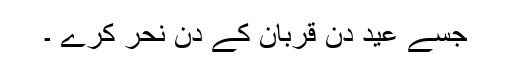
جسے عید دن قربان کے دن نحر کرے ۔